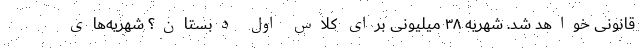
قانونی خواهد شد. شهریه ۳۸ میلیونی برای کلاس اول دبستان؟ شهریه‌های